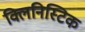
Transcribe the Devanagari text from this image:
क्लिनिस्टिक